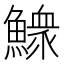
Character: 𩻴